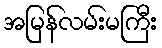
အမြန်လမ်းမကြီး